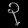
Digit: ၃